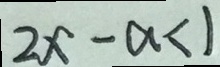
2 x - a < 1